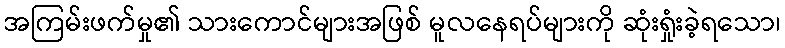
အကြမ်းဖက်မှု၏ သားကောင်များအဖြစ် မူလနေရပ်များကို ဆုံးရှုံးခဲ့ရသော၊